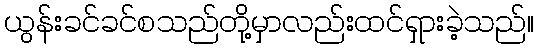
ယွန်းခင်ခင်စသည်တို့မှာလည်းထင်ရှားခဲ့သည်။